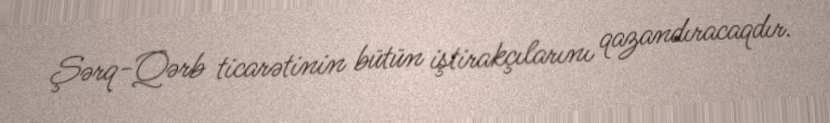
Şərq-Qərb ticarətinin bütün iştirakçılarını qazandıracaqdır.